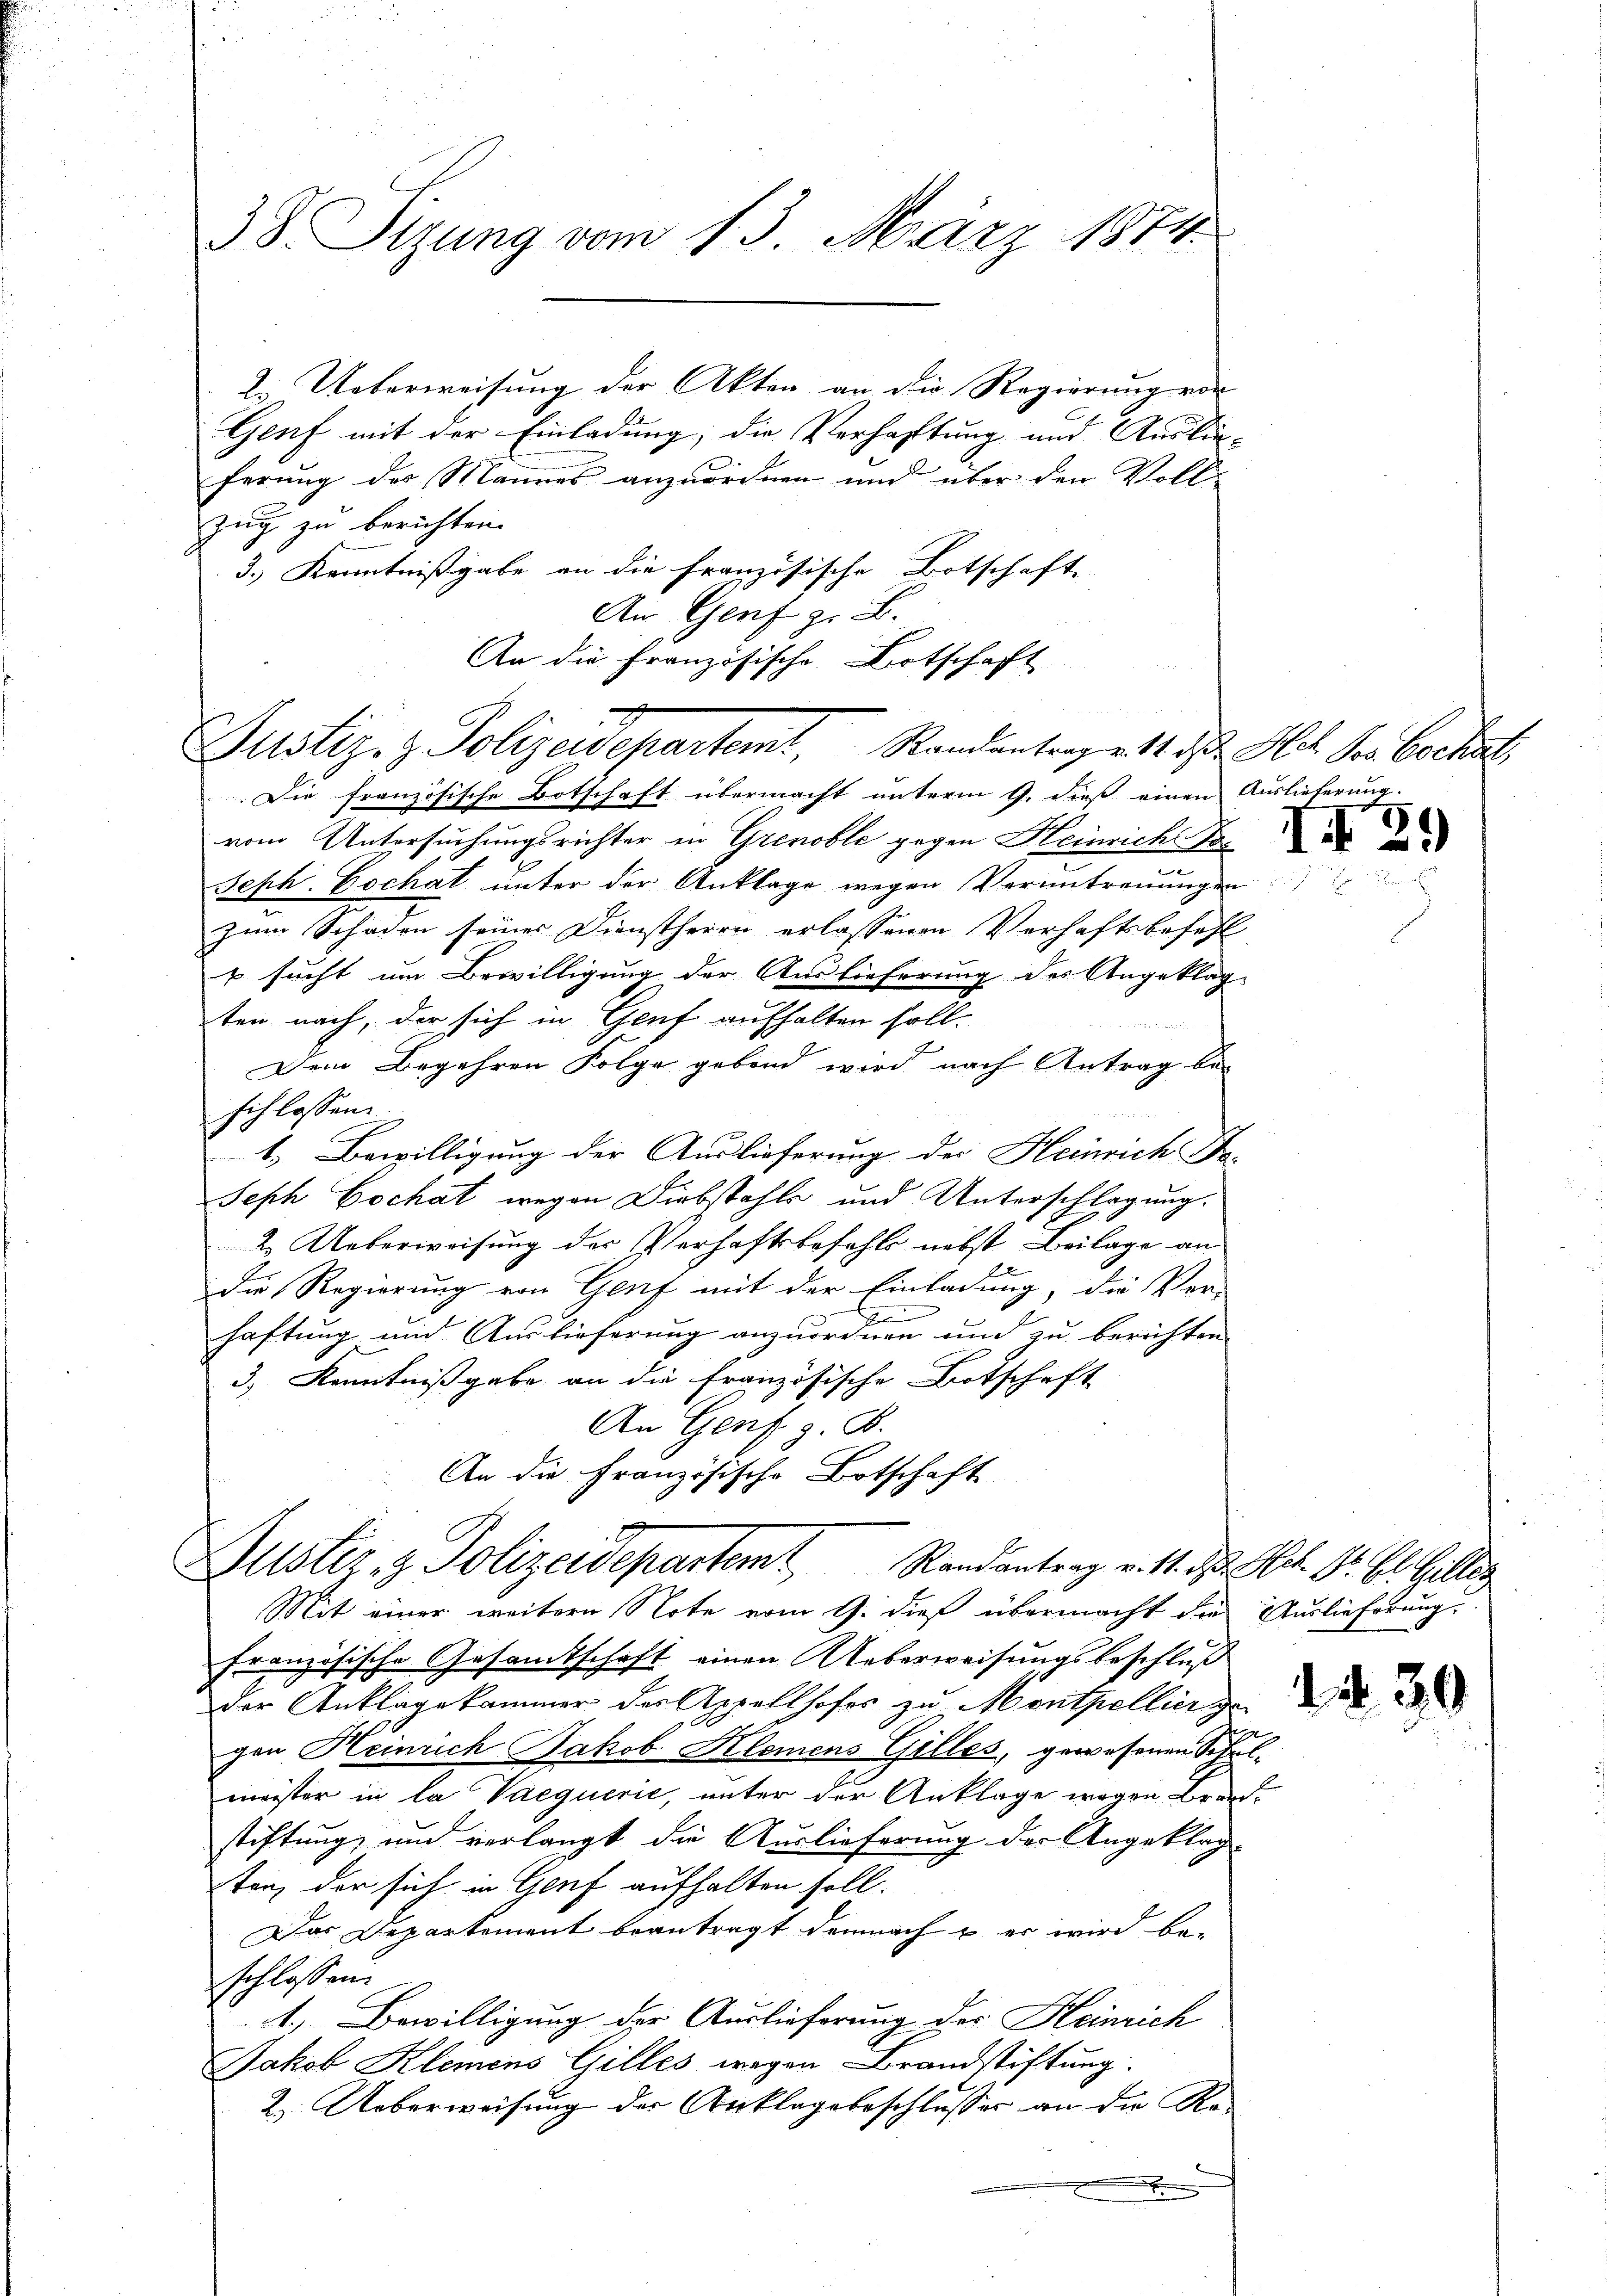
38. Sizung vom 13. März 1874.

2. Ueberweisung der Akten an die Regierung von
Genf mit der Einladung; die Verhaftung und Auslie-
ferŭng des Mannes anzŭordnen und über den Voll-
zug zu berichten.
3.) Kenntnißgabe an die französische Botschaft
An Genf z. B.
An die Französische Botschaft

Die französische Botschaft übermacht unterm 9. dieß einen Auslieferung.
vom Untersuchungsrichter in Grenoble gegen Heinrich No. 2
.
Seph. Dochat unter der Anklage wegen Verantreuungen
zum Schaden seines Dienstherrn erlassenen Verhaftsbefehl
 sucht um Bewilligung der Auslieferung des Angeklag
ten nach, der sich in Genf aufhalten soll.
Dem Begehren Folge gebend wird, nach Antrag be-
schlossen.
b). Bewilligung der Auslieferung des Heinrich Fr.
Seph Cochat, wegen Diebstahls und Unterschlagung.
2. Ueberweisung der Verhaftsbefehls nebst Beilage an
f
Die Regierung von Genf mit der Einladung, die Ver-
s
haftung und Auslieferung anzuordnen und zu berichten
3.) Kenntnißgabe an die Französische Botschaft
An Genf z. B.
An die Französische Botschaft

Justiz- & Polizeidepartemt, Randantrage. 14. d. M. der Bochst

Justiz- & Polizeidepartemt Randantrag v. 11. ds. Art. G. B. Giller
Mit einer weitern Note vom 9. dieß übermacht die Auslieferung

französische Gesamtschaft einen Ueberweisungsbeschluß
der Anklagekammer der Appellhofer zu Menthellingen a
6
gen Heinrich Jakob. Klemens Gilles, gewesenen Schul-
meister in la Vaequirie, unter der Anklage wegen Brandstiftung und verlangt die Auslieferung der Angeklag-
tenz der sich in Genf aufhalten soll.
Das Departement beantragt demnach & er wird be-
schlossen:
1. Bewilligung der Auslieferung der Heinrich
Jakob Klemens Gilles wegen Brandstiftung.
2. Ueberweisung der Anklage beschlusses an die Re-
.